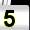
Digit: 5